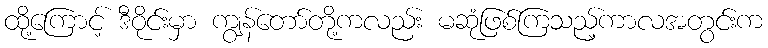
ထို့ကြောင့် ဒီဝိုင်းမှာ ကျွန်တော်တို့ကလည်း မဆုံဖြစ်ကြသည့်ကာလအတွင်းက